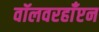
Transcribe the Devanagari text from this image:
वॉलवरहाँप्टन